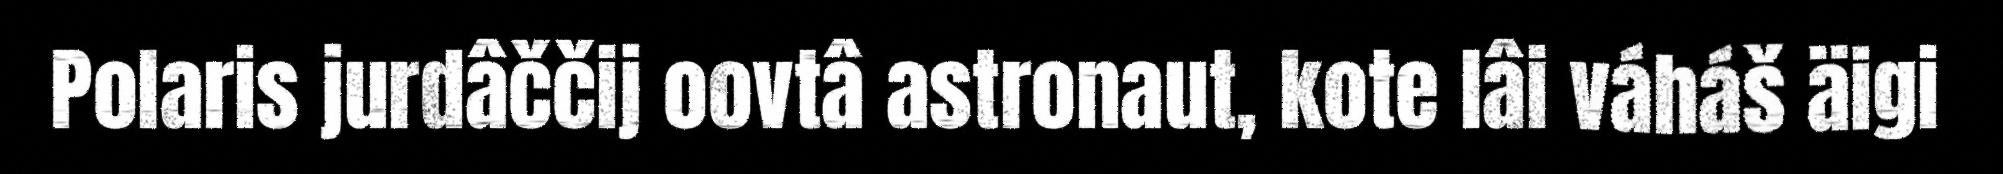
Polaris jurdâččij oovtâ astronaut, kote lâi váháš äigi